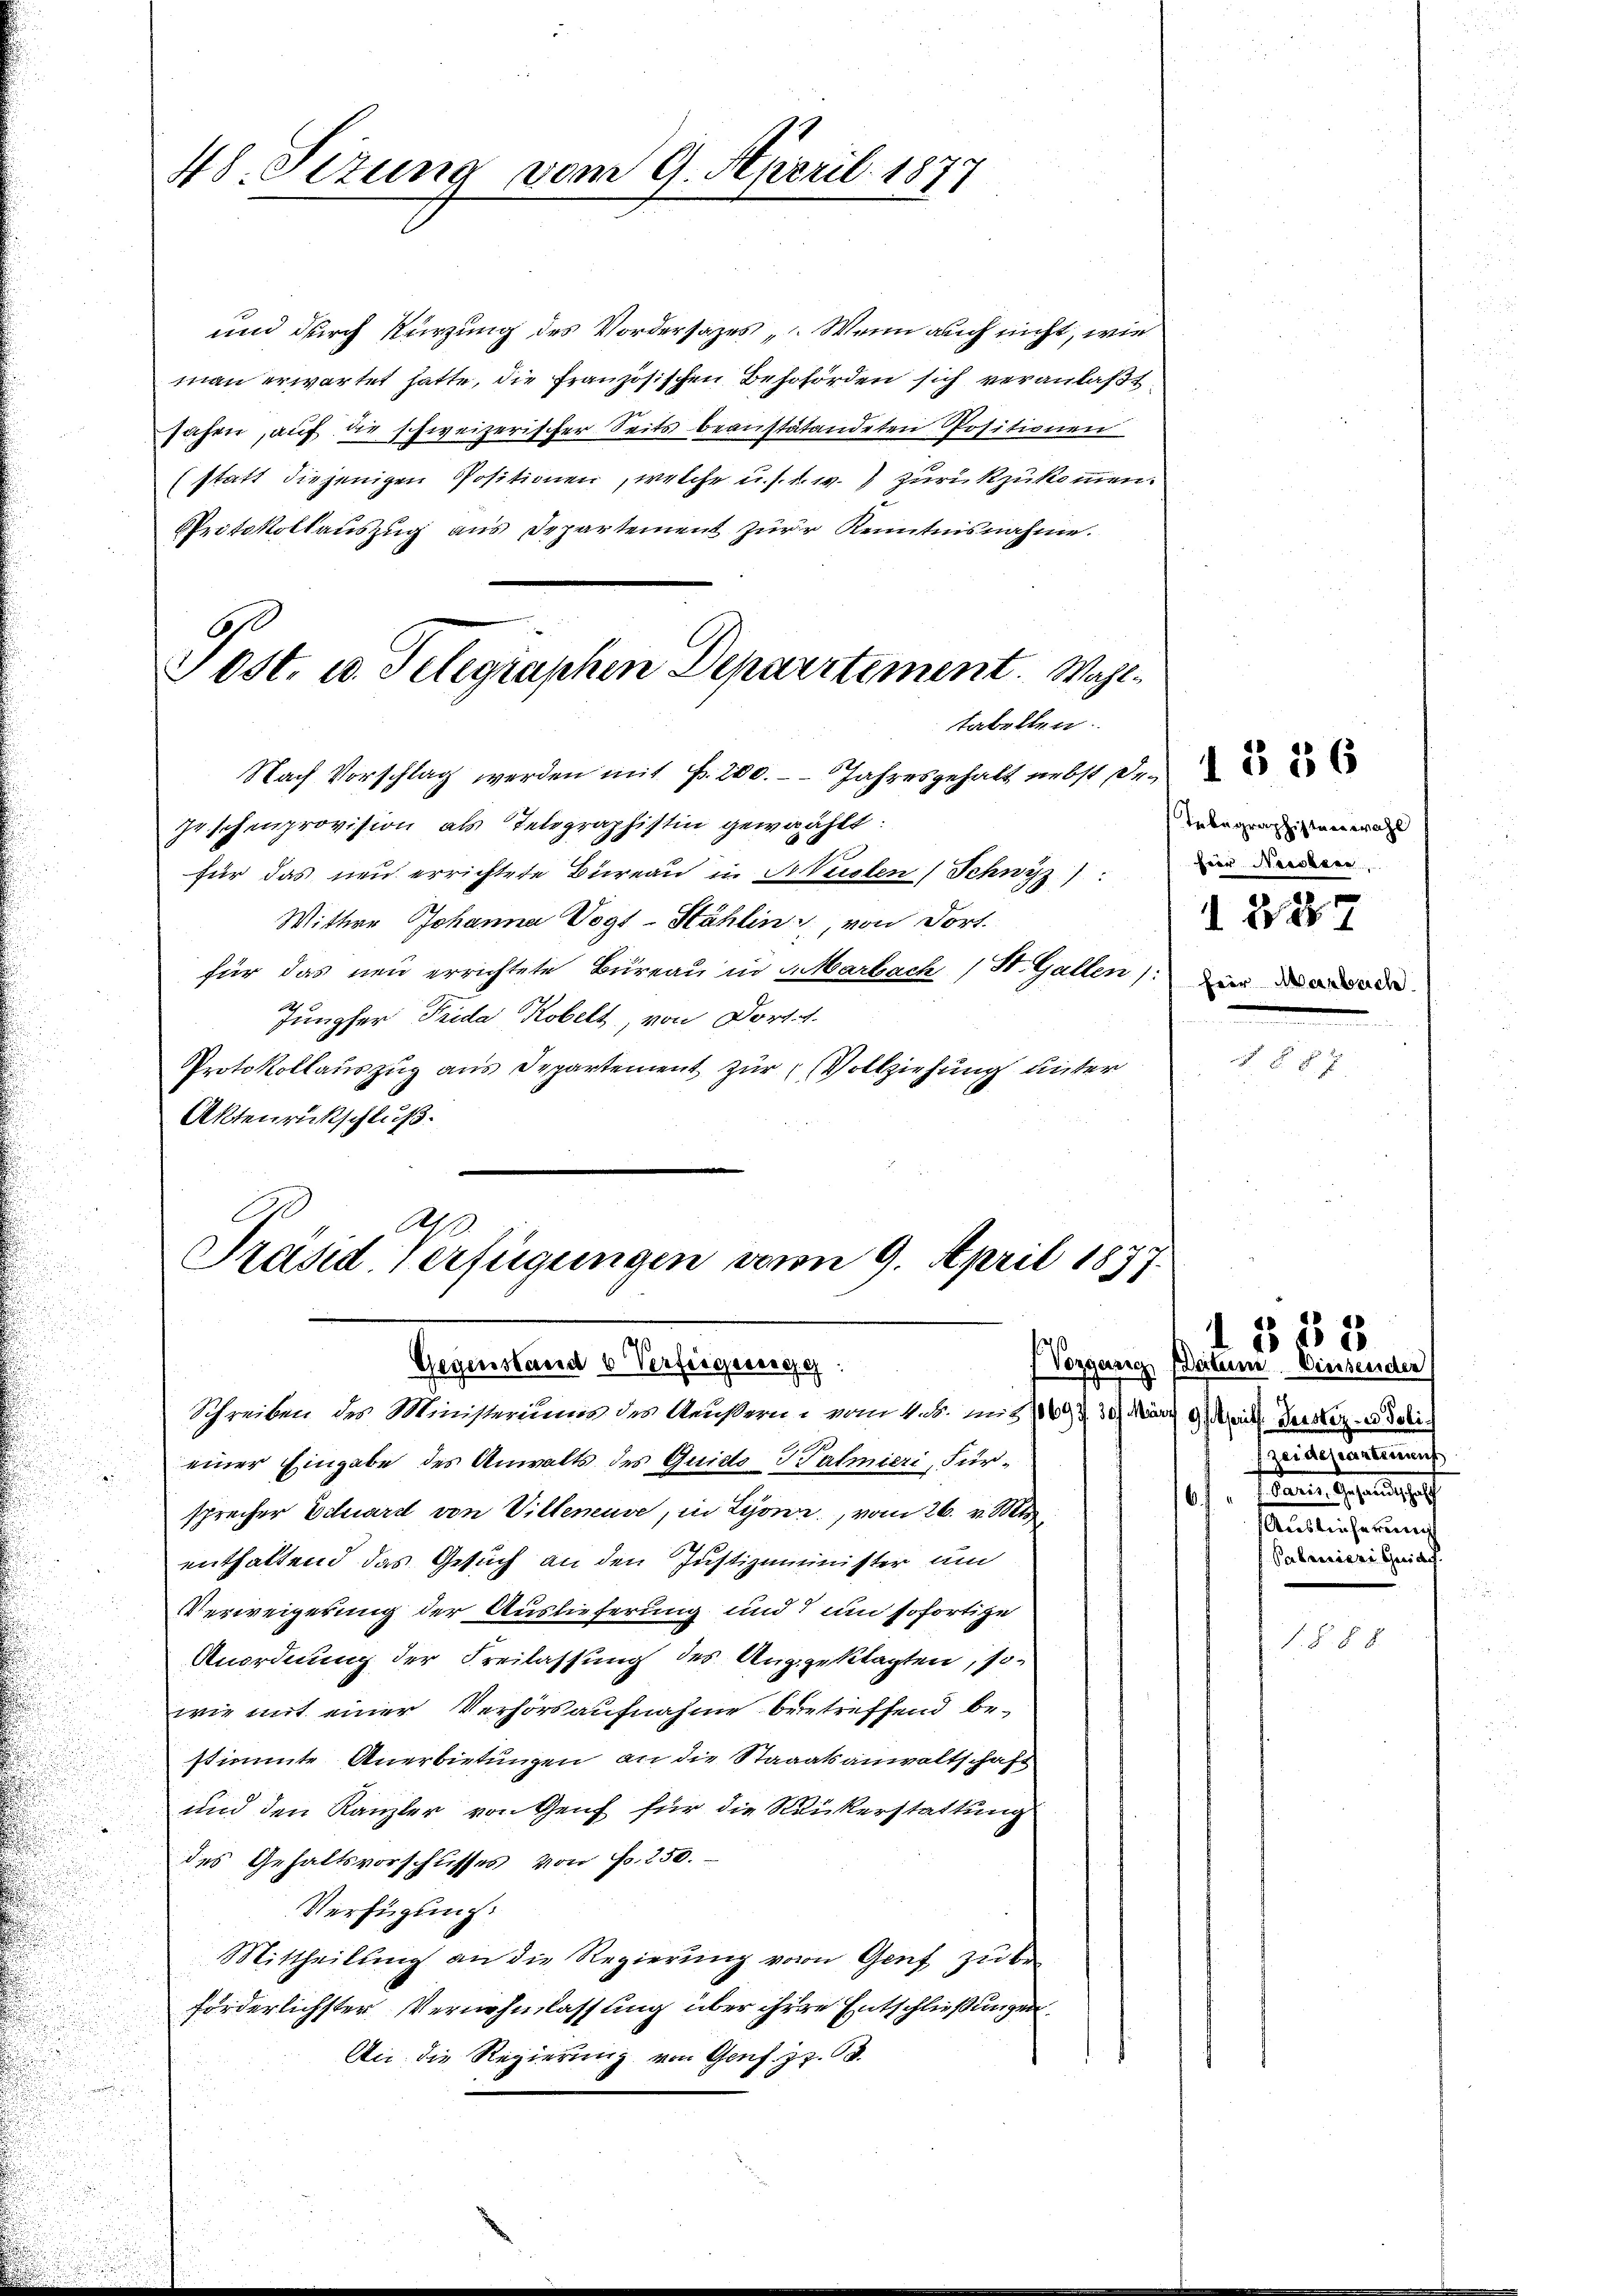
48. Sizung vom 9. April 1877

Post. u. Telegraphen Departement. Wahltabellen.

und durch Kürzung des Vordersatzes „Wenn auch nicht, wie
man erwartet hatte, die französischen Besohörden sich veranlaßt,
sahen, auf die schweizerischer Seits beanstatandeten Positionen
(statt diejenigen Positionen, welche u. s. s. w. zurückzukommen.
Protokollauszug aus Departement zur Kenntnisnahme.
Nach Vorschlag werden mit Fr. 200. Jahresgehalt nebst de
Joschenprovision als Telegraphistin gewählt:
für das neu errichtete Büreau in Musten (Schwyz)
Wittwe Johanna Vogt-Stählin von dort.
für das neu errichtete Bureau in 3 Marbach (St. Gallen. Die de
Jungfer Frida Kobelt, von Dort
Protokollauszug aus Departement zur Vollziehung unter
Aktenrückschluß.

A
Präsid-Verfügungen vom 9. April 1877.
Gegenstand b Verfeigunge
Schreiben des Ministerumis des Aeußern, vom 4. d. mit 169 n 30. März d. Mit Beister- u Poli¬

einer Eingabe des Anwalts des Quido Salmieri, Fürsprecher Eduard von Villeneuve, in Lyon, vom 26. v. Mts.
enthaltend das Gesuch an den Justizminister um
Verweigerung der Auslieferung und um sofortige
Anordnung der Freilassung des Angeklagten, sowie mit einer Verhörsaufnahme betreffend bestimmte Anerbietungen an die Staaatsanwaltschaft
und den Kanzler von Zeit für die Rükerstattung
des Gehaltsvorschusses von Fr. 250.
Verfügung.
Mittheilung an die Regierŭng von Genf zu be-
förderlichster Vernehmlassung über ihrere Entschließungen.
An die Regierung von Gonf. Z. 63.

Telegraphisten wahl
Herr Nieder
d. 227

J

Vorganig Datum Diesender
reidepartement
orenen gesandtschaf
167

Palanieri Guido.

1883

§ 8